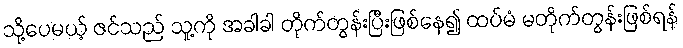
သို့ပေမယ့် ဇင်သည် သူ့ကို အခါခါ တိုက်တွန်းပြီးဖြစ်နေ၍ ထပ်မံ မတိုက်တွန်းဖြစ်ရန်